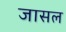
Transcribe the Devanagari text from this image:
जासल